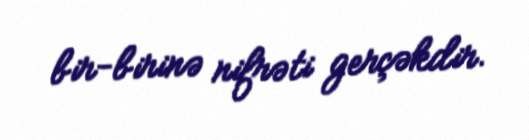
bir-birinə nifrəti gerçəkdir.